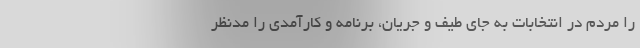
را مردم در انتخابات به جای طیف و جریان، برنامه و کارآمدی را مدنظر